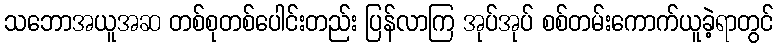
သဘောအယူအဆ တစ်စုတစ်ပေါင်းတည်း ပြန်လာကြ အုပ်အုပ် စစ်တမ်းကောက်ယူခဲ့ရာတွင်